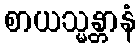
စာယသ္မန္တာနံ